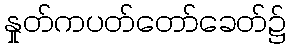
နှုတ်ကပတ်တော်ခေတ်၌